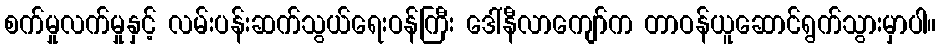
စက်မှုလက်မှုနှင့် လမ်းပန်းဆက်သွယ်ရေးဝန်ကြီး ဒေါ်နီလာကျော်က တာဝန်ယူဆောင်ရွက်သွားမှာပါ။